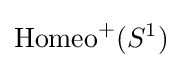
{\text{Homeo}}^{+}(S^{1})